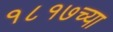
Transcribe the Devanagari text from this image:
१८१७च्या